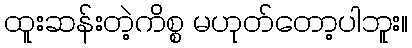
ထူးဆန်းတဲ့ကိစ္စ မဟုတ်တော့ပါဘူး။